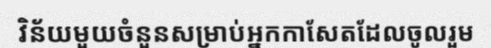
វិន័យមួយចំនួនសម្រាប់អ្នកកាសែតដែលចូលរួម